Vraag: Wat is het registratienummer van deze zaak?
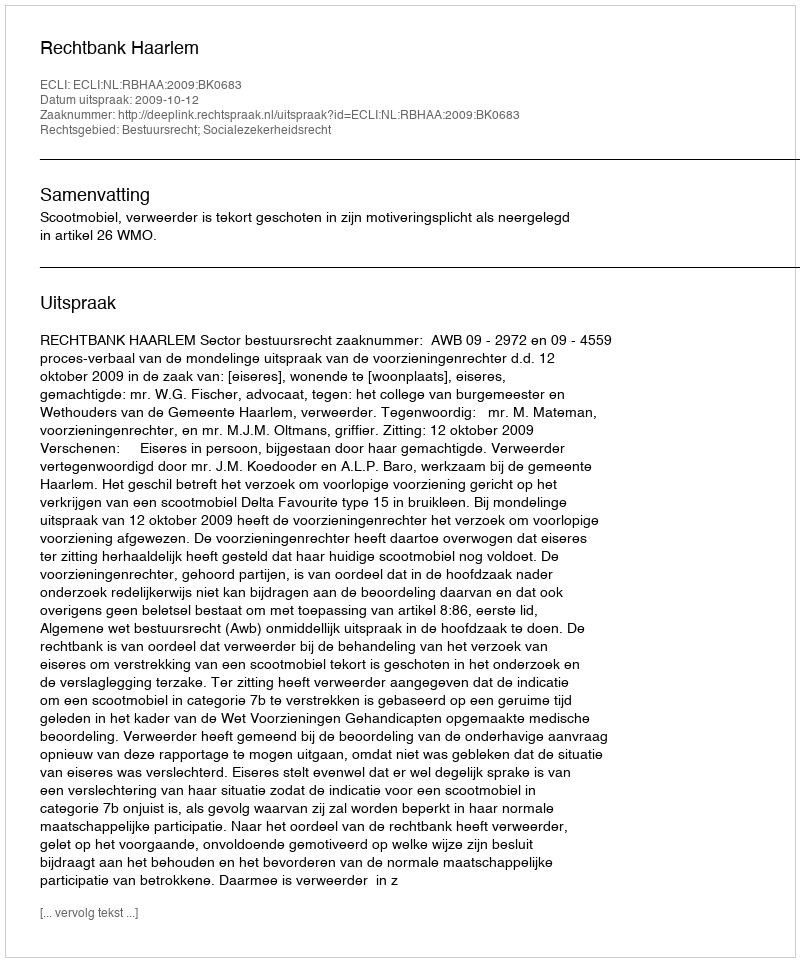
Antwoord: http://deeplink.rechtspraak.nl/uitspraak?id=ECLI:NL:RBHAA:2009:BK0683